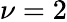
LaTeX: \nu=2